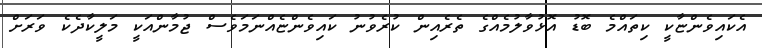
އެކައިވެންޏާކީ ކިތައްމެ ބޮޑު އޮޅުވާލުމެއްގެ ތެރެއިން ކުރެވުނު ކައިވެންޏެއްނަމަވެސް ޖުމާންއަކީ މަލީކާދެކެ ވަރަށް